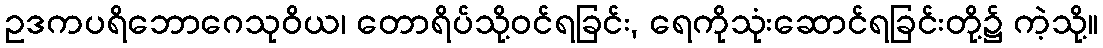
ဥဒကပရိဘောဂေသုဝိယ၊ တောရိပ်သို့ဝင်ရခြင်း, ရေကိုသုံးဆောင်ရခြင်းတို့၌ ကဲ့သို့။